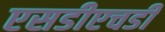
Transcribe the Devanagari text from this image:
एसडीएचडी